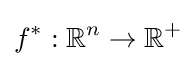
f^{*}:\mathbb {R} ^{n}\to \mathbb {R} ^{+}